Civil Veterinary Department. Madras. Admin. report 1926-33 - 1926-1933
Year: 1926
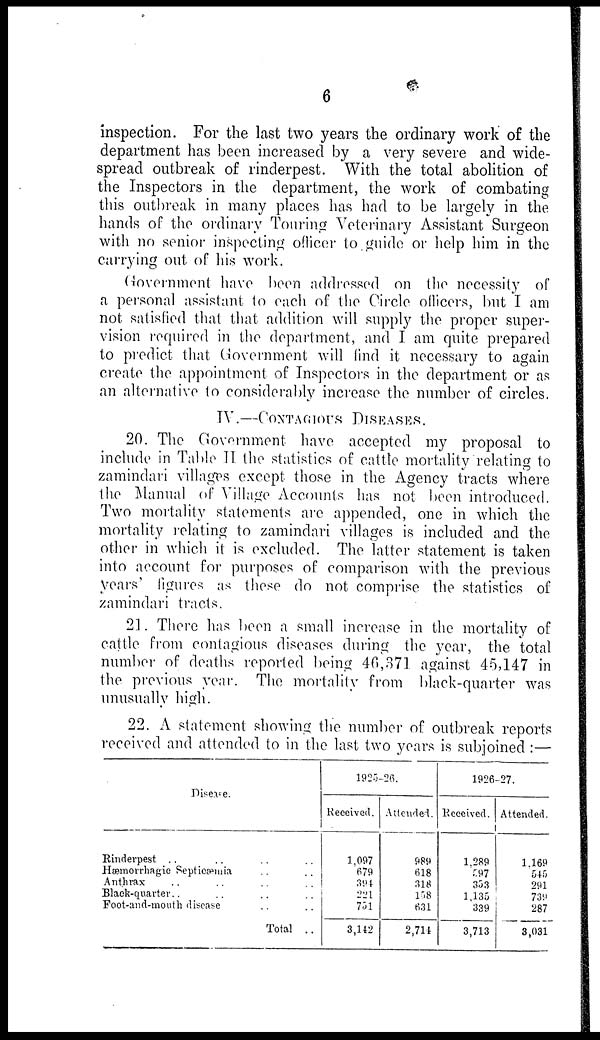
6
inspection. For the last two years the ordinary work of the
department has been increased by a very severe and wide-
spread outbreak of rinderpest. With the total abolition of
the Inspectors in the department, the work of combating
this outbreak in many places has had to be largely in the
hands of the ordinary Touring Veterinary Assistant Surgeon
with no senior inspecting officer to guide or help him in the
currying out of his work.
Government have been addressed on the necessity of
a personal assistant to each of the Circle officers, but I am
not satisfied that that addition will supply the proper super-
vision required in the department, and I am quite prepared
to predict that Government will find it necessary to again
create the appointment of Inspectors in the department or as
an alternative to considerably increase the number of circles.
IV.—CONTAGIOUS DISEASES.
20. The Government have accepted my proposal to
include in Table II the statistics of cattle mortality relating to
zamindari villages except those in the Agency tracts where
the Manual of Village Accounts has not been introduced.
Two mortality statements are appended, one in which the
mortality relating to zamindari villages is included and the
other in which it is excluded. The latter statement is taken
into account for purposes of comparison with the previous
years' figures as these do not comprise the statistics of
zamindari tracts.
21. There has been a small increase in the mortality of
cattle from contagious diseases during the year, the total
number of deaths reported being 40,371 against 45,147 in
the previous year. The mortality from black-quarter was
unusually high.
22. A statement showing the number of outbreak reports
received and attended to in the last two years is subjoined:—
Disease.
Rinderpest .. .. .. ..
Hæmorrhagic Septicæmia .. ..
Anthrax .. .. .. ..
Black-quarter .. .. .. ..
Foot-and-mouth disease .. ..
Total ..
1925-26.
Received.
1,097
679
394
221
731
3,142
Attended.
989
618
318
158
631
2,714
1926-27.
Received.
1,289
597
353
1,135
339
3,713
Attended.
1.169
54,0
291
739
287
3,031